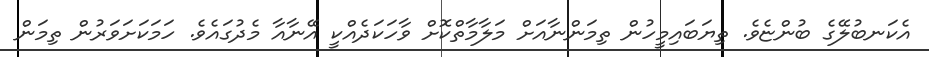
އެކަނބުލޭގެ ބުންޏެވެ. ތިޔަބައިމީހުން ތިމަންނާއަށް މަލާމާތްކޮށް ވާހަކަދެއްކީ އޭނާއާ މެދުގައެވެ. ހަމަކަށަވަރުން ތިމަން